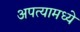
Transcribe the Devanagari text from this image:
अपत्यामध्ये